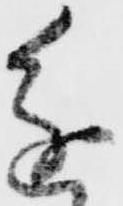
進